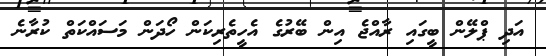
އަދި ޕްލޭން ބީގައި ރާއްޖެ އިން ބޭރުގެ އެހީތެރިކަން ހޯދަން މަސައްްކަތް ކުރާނެ